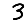
Digit: 3